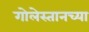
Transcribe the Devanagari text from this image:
गोलेस्तानच्या